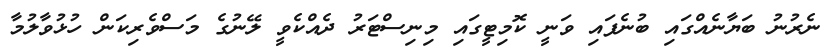
ނެރުނު ބަޔާނެއްގައި ބުނެފައި ވަނީ ކޮމިޓީގައި މިނިސްޓަރު ދެއްކެވީ ލޭނުގެ މަސްވެރިކަން ހުޅުވާލުމާ